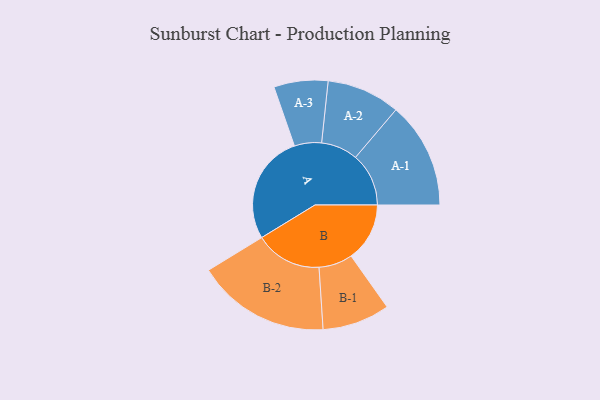
{"axis": {"x": "Segment", "y": "Value"}, "legend": ["", "A", "B"], "data": [{"x": "A", "y": 486, "type": ""}, {"x": "B", "y": 260, "type": ""}, {"x": "A-1", "y": 236, "type": "A"}, {"x": "A-2", "y": 163, "type": "A"}, {"x": "A-3", "y": 120, "type": "A"}, {"x": "B-1", "y": 150, "type": "B"}, {"x": "B-2", "y": 296, "type": "B"}]}